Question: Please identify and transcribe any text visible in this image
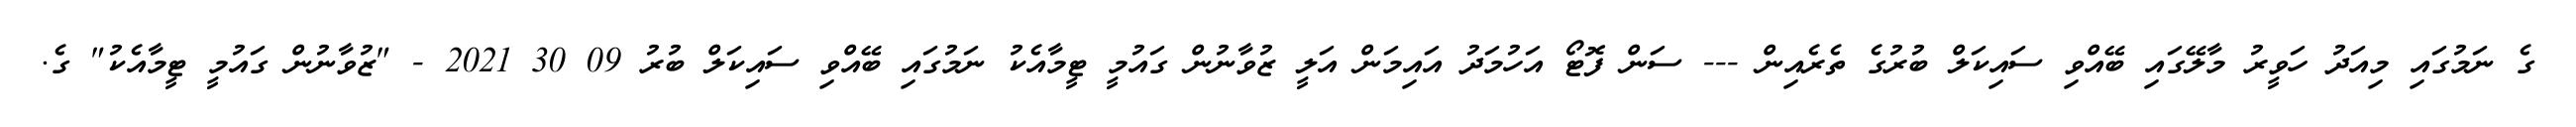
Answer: ގެ ނަމުގައި މިއަދު ހަވީރު މާލޭގައި ބޭއްވި ސައިކަލް ބުރުގެ ތެރެއިން --- ސަން ފޮޓޯ އަހުމަދު އައިމަން އަލީ ޒުވާނުން ގައުމީ ޓީމާއެކު ނަމުގައި ބޭއްވި ސައިކަލް ބުރު 09 30 2021 - "ޒުވާނުން ގައުމީ ޓީމާއެކު" ގެ.